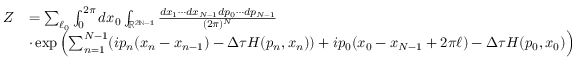
\begin{array} { r l } { Z } & { = \sum _ { \ell _ { 0 } } \int _ { 0 } ^ { 2 \pi } d x _ { 0 } \int _ { \mathbb { R ^ { 2 N - 1 } } } \frac { d x _ { 1 } \cdots d x _ { N - 1 } d p _ { 0 } \cdots d p _ { N - 1 } } { ( 2 \pi ) ^ { N } } } \\ & { \cdot \exp \left( \sum _ { n = 1 } ^ { N - 1 } ( i p _ { n } ( x _ { n } - x _ { n - 1 } ) - \Delta \tau H ( p _ { n } , x _ { n } ) ) + i p _ { 0 } ( x _ { 0 } - x _ { N - 1 } + 2 \pi \ell ) - \Delta \tau H ( p _ { 0 } , x _ { 0 } ) \right) } \end{array}